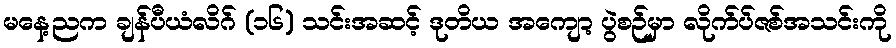
မနေ့ညက ချန်ပီယံလိဂ် (၁၆) သင်းအဆင့် ဒုတိယ အကျော့ ပွဲစဉ်မှာ လိုက်ပ်ဇစ်အသင်းကို